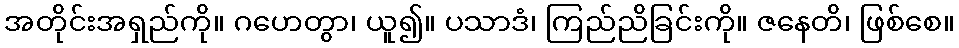
အတိုင်းအရှည်ကို။ ဂဟေတွာ၊ ယူ၍။ ပသာဒံ၊ ကြည်ညိခြင်းကို။ ဇနေတိ၊ ဖြစ်စေ။